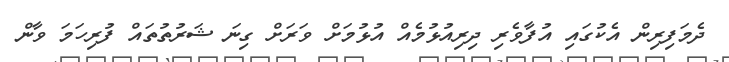
ދެމަފިރިން އެކުގައި އުފާވެރި ދިރިއުޅުމެއް އުޅުމަށް ވަރަށް ގިނަ ޝަރުތުތައް ފުރިހަމަ ވާން